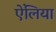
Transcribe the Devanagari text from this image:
ऐंलिया